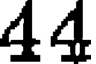
44